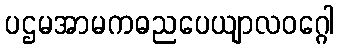
ပဌမအာမကဓညပေယျာလဝဂ္ဂေါ